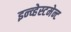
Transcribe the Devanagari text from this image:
इन्व्हेस्टमेन्ट